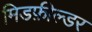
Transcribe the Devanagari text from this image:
मिडफ़ील्डर